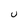
Character: U